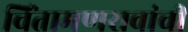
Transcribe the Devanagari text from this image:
चिंतामणरावांची